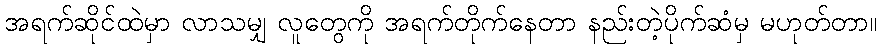
အရက်ဆိုင်ထဲမှာ လာသမျှ လူတွေကို အရက်တိုက်နေတာ နည်းတဲ့ပိုက်ဆံမှ မဟုတ်တာ။